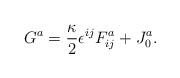
LaTeX: \begin{align*}G^a = \frac{\kappa}{2}\epsilon^{ij}F_{ij}^a + J_0^a.\end{align*}